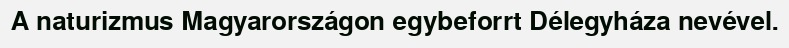
A naturizmus Magyarországon egybeforrt Délegyháza nevével.